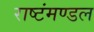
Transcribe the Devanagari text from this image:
राष्टंमण्डल